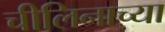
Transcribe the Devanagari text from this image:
चीलिनाच्या